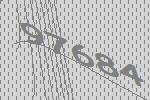
97684